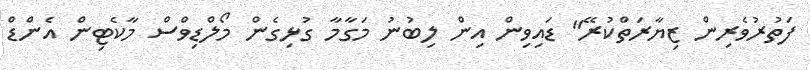
ފަތުރުވެރިން ޒިޔާރަތްކުރޭ" ޑައިވިން އިން ލިބުނު މަގާމާ ގުޅިގެން މޯލްޑިވްސް މާކެޓިން އެންޑް